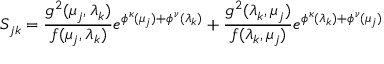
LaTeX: S _ { j k } = \frac { g ^ { 2 } ( \mu _ { j } , \lambda _ { k } ) } { f ( \mu _ { j } , \lambda _ { k } ) } e ^ { \phi ^ { \kappa } ( \mu _ { j } ) + \phi ^ { \nu } ( \lambda _ { k } ) } + \frac { g ^ { 2 } ( \lambda _ { k } , \mu _ { j } ) } { f ( \lambda _ { k } , \mu _ { j } ) } e ^ { \phi ^ { \kappa } ( \lambda _ { k } ) + \phi ^ { \nu } ( \mu _ { j } ) }